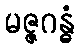
မဇ္ဇဂန္ဓံ